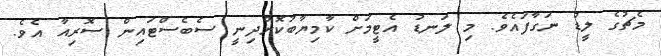
މެޗުގެ ލީޑު ނަގާފައެވެ. މި ލަނޑު އެޓީމަށް ކާމިޔާބުކޮށްދިނީ ސެބެސްޓައިން ސޮރިއާ އެވެ.